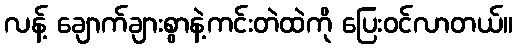
လန့် ချောက်ချားစွာနဲ့ကင်းတဲထဲကို ပြေးဝင်လာတယ်။